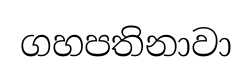
ගහපතිනාවා